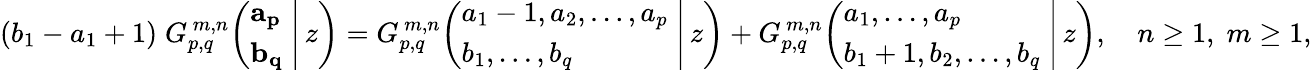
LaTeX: (b_{1}-a_{1}+1)\; G_{p,q}^{\, m,n}\! \left(\left.{\begin{array}{l}{\mathbf{a_{p}}}\\ {\mathbf{b_{q}}}\end{array}}\; \right|\, z\right)=G_{p,q}^{\, m,n}\! \left(\left.{\begin{array}{l}{a_{1}-1,a_{2},\dots,a_{p}}\\ {b_{1},\dots,b_{q}}\end{array}}\; \right|\, z\right)+G_{p,q}^{\, m,n}\! \left(\left.{\begin{array}{l}{a_{1},\dots,a_{p}}\\ {b_{1}+1,b_{2},\dots,b_{q}}\end{array}}\; \right|\, z\right),\quad n\geq 1,\; m\geq 1,